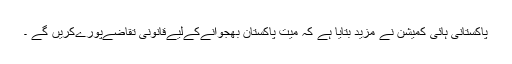
پاکستانی ہائی کمیشن نے مزید بتایا ہے کہ میت پاکستان بھجوانےکےلیےقانونی تقاضےپورےکریں گے ۔